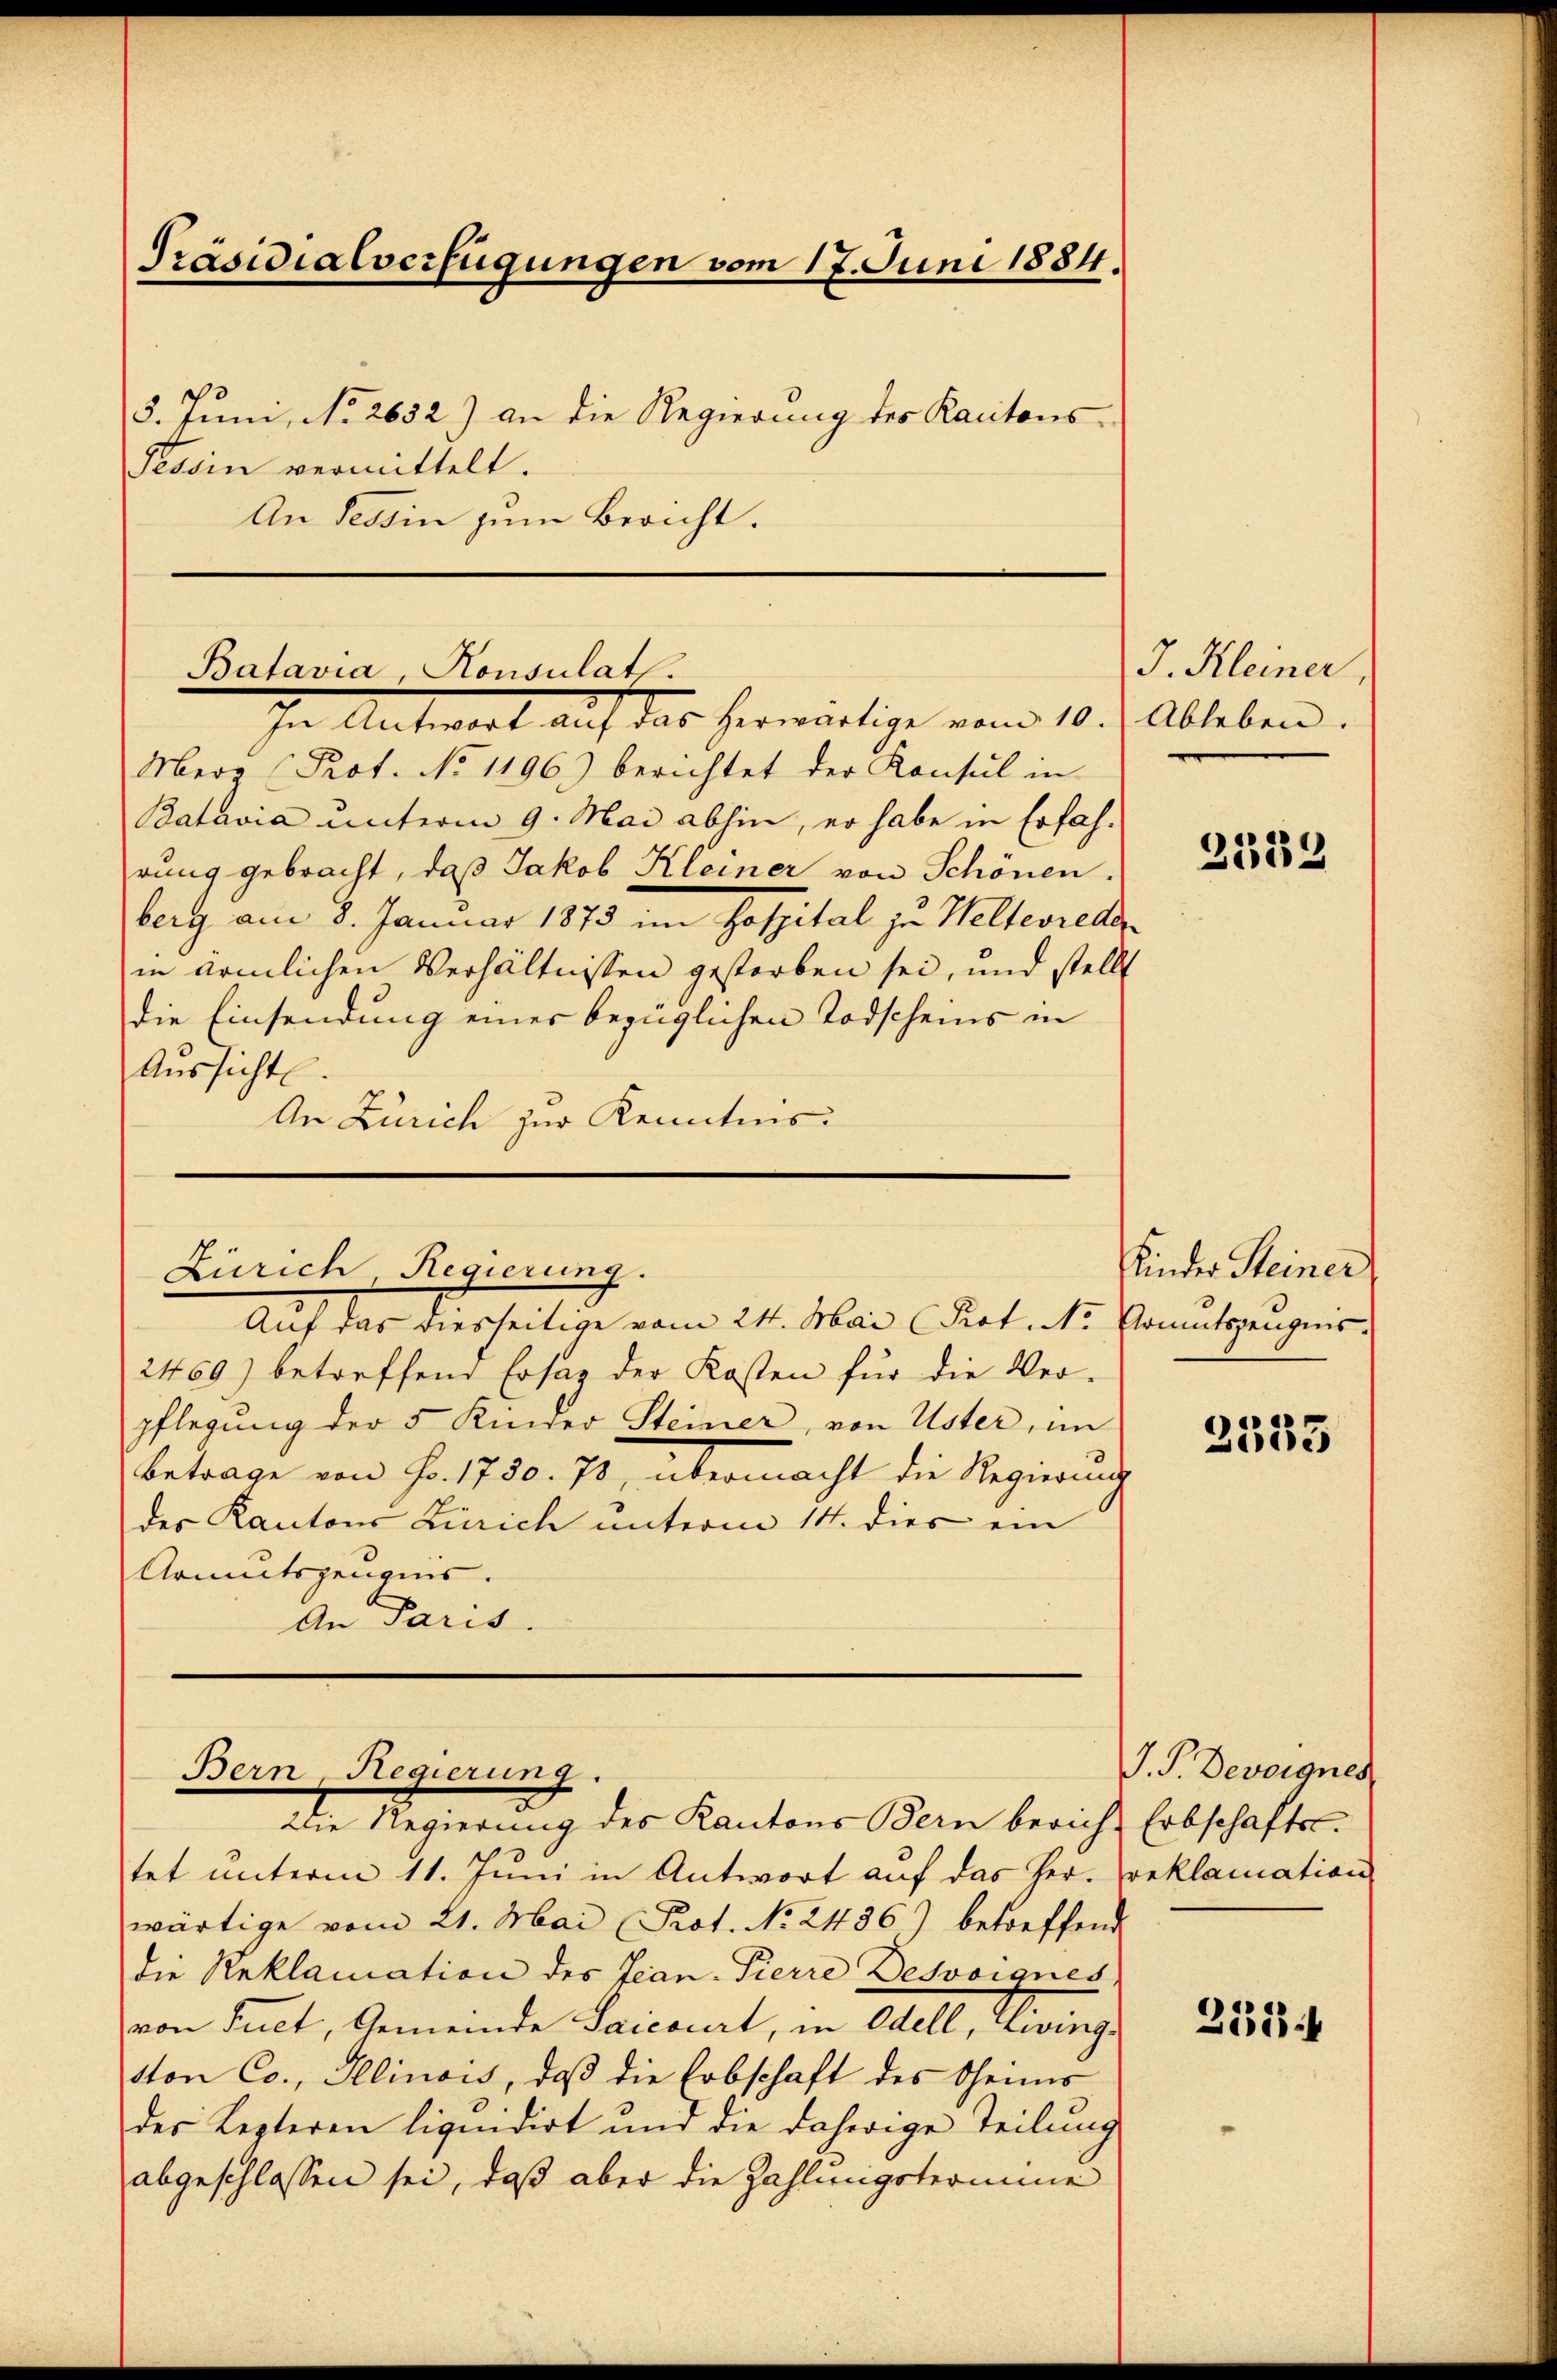
Präsidialverfügungen vom 17. Juni 1884.
3. Juni, No 2632) an die Regierung des Kantons-
Tessin vermittelt.
An Tessin zum Bericht.

Batavia, Konsulats.
In Antwort auf das herwärtige vom 10. d. Ableben.

Merz (Prot. No 1196) berichtet der Konsul in
Batavia unterm 9. Mai abhin, er habe in Erfahrung gebracht, daß Jakob Kleiner von Schönen.
berg am 8. Januar 1873 im Hospital zu Welterreder
in ärmlichen Verhältnissen gestorben sei, und stellt
die Einsendung einer bezüglichen Todscheins in
Aussicht
An Zürich zur Kenntnis:

2469) betreffend Ersatz der Kosten für die Ver-
pflegung der 5 Kinder Steiner, von Uster, im
betrage von Fr. 1750. 70, übermacht die Regierung
des Kantons Zürich unterm 14. dies ein
Armutszeugnis.
An Paris.

Zürich Regierung.
Auf das diesseitige vom 24. Mai (Prot. Nr. Armutszeugnis.

Die Regierung des Kantons Bern berich, Erbschaftstet unterm 11. Juni in Antwort auf das her. Beklamation
wärtige vom 21. Mai Prot. No. 2436) betreffend
die Reklamation des Jean-Pierre Desvoignés.
von Fuct, Gemeinde Saicourt, in Edell, Livingtton Co., Illinois, daβ die Erbschaft des Oheims
des Lezteren liquidirt und die daherige Teilung
abgeschlossen sei, daß aber die Zahlungstromme

Bern, Regierung
2

J. Kleiner

2339

Kinder Steiner

2535

J. P. Bereignet

258.